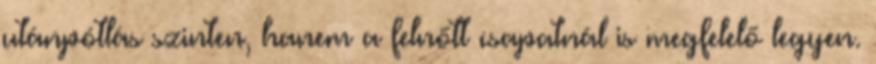
utánpótlás szinten, hanem a felnőtt csapatnál is megfelelő legyen.